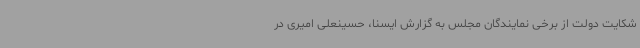
شکایت دولت از برخی نمایندگان مجلس به گزارش ایسنا، حسینعلی امیری در